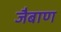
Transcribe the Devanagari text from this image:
जैबाण